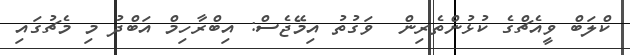
ކްލަބް ވީއެޗްގެ ކުޅުންތެރިން  ވަގުތު އިމޭޖެސް: އިބްރާހިމް އަބްދު މި މެޗުގައި